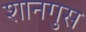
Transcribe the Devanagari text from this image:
शानगुस